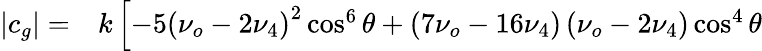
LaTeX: \begin{array}{rl}{|c_{g}|=}&{{}k\left[-5\left(\nu_{o}-2\nu_{4}\right)^{2}\cos^{6}\theta+\left(7\nu_{o}-16\nu_{4}\right)\left(\nu_{o}-2\nu_{4}\right)\cos^{4}\theta\right.}\end{array}